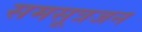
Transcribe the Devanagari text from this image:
समसूत्रजन